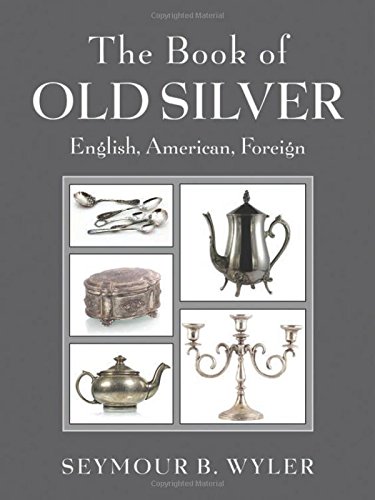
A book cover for The Book of Old Silver: English, American, Foreign; Seymour B. Wyler; Crafts, Hobbies & Home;